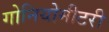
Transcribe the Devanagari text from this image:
गोनियोमीटरी